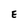
Character: E